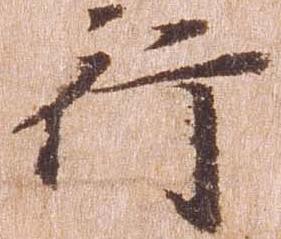
行